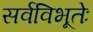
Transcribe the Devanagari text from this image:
सर्वविभूतेः